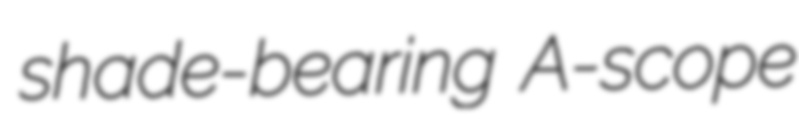
shade-bearing A-scope